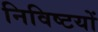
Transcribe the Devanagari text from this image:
निविष्टयों